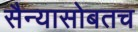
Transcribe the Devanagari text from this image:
सैन्यासोबतच